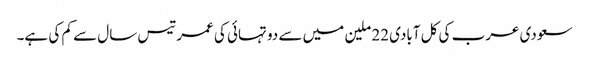
سعودی عرب کی کل آبادی 22 ملین میں سے دو تہائی کی عمر تیس سال سے کم کی ہے۔